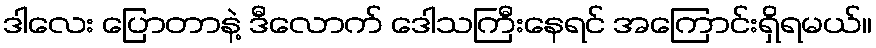
ဒါလေး ပြောတာနဲ့ ဒီလောက် ဒေါသကြီးနေရင် အကြောင်းရှိရမယ်။